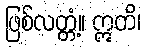
ဖြစ်လတ္တံ့။ ဣတိ၊